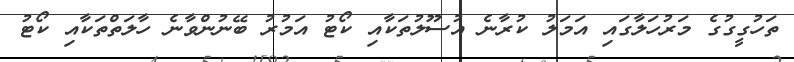
ތަހުގީގުގެ މަރުހަލާގައި އަމަލު ކުރާނެ އުސޫލުތަކާއި ކޯޓު އަމުރު ބޭނުންވާނެ ހާލަތްތަކާއި ކޯޓު